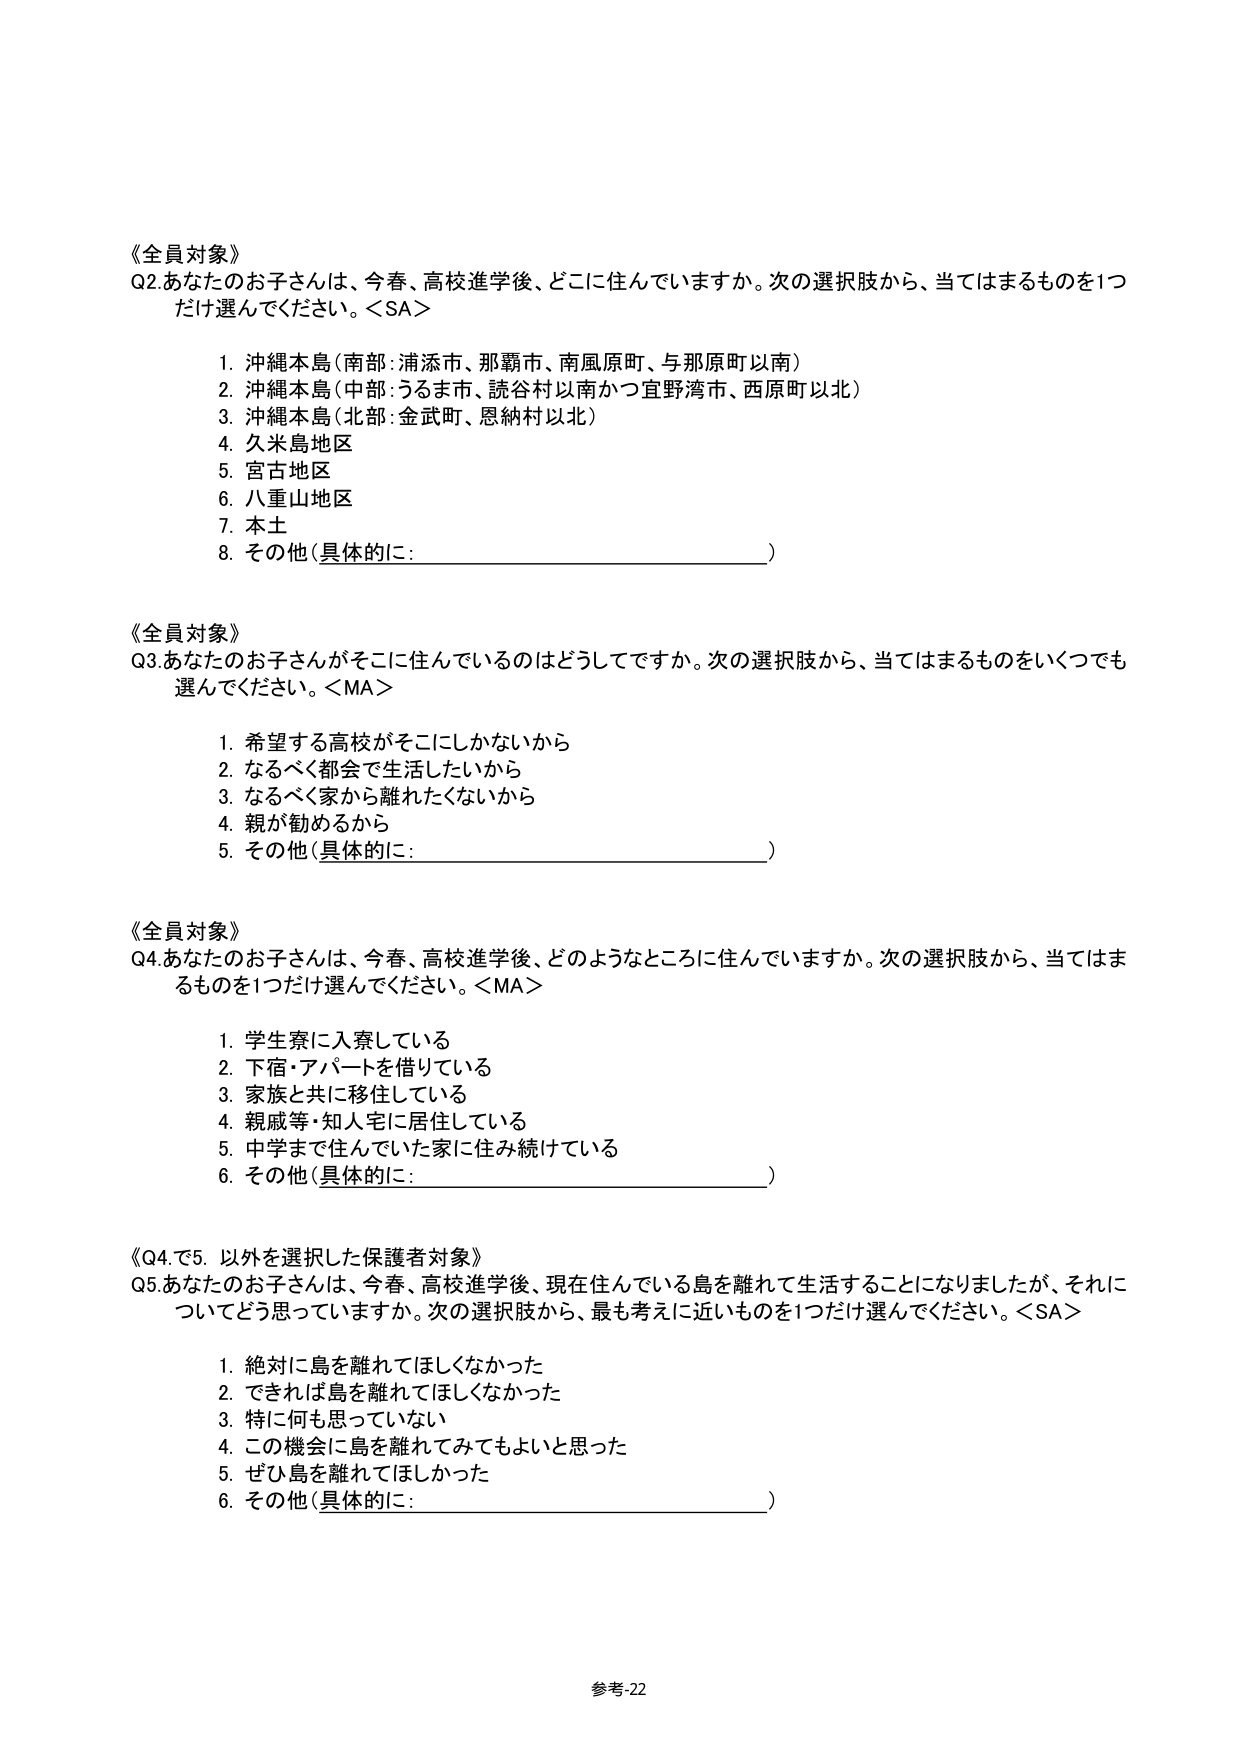
《全員対象》
Q2. あなたのお子さんは、今春、高校進学後、どこに住んでいますか。次の選択肢から、当てはまるものを1つだけ選んでください。＜SA＞

1. 沖縄本島（南部：浦添市、那覇市、南風原町、与那原町以南）
2. 沖縄本島（中部：うるま市、読谷村以南かつ宜野湾市、西原町以北）
3. 沖縄本島（北部：金武町、恩納村以北）
4. 久米島地区
5. 宮古地区
6. 八重山地区
7. 本土
8. その他（具体的に：________________________）

《全員対象》
Q3. あなたのお子さんがそこに住んでいるのはどうしてですか。次の選択肢から、当てはまるものをいくつでも選んでください。＜MA＞

1. 希望する高校がそこにしかないから
2. なるべく都会で生活したいから
3. なるべく家から離れたくないから
4. 親が勧めるから
5. その他（具体的に：________________________）

《全員対象》
Q4. あなたのお子さんは、今春、高校進学後、どのようなところに住んでいますか。次の選択肢から、当てはまるものを1つだけ選んでください。＜MA＞

1. 学生寮に入寮している
2. 下宿・アパートを借りている
3. 家族と共に移住している
4. 親戚等・知人宅に居住している
5. 中学まで住んでいた家に住み続けている
6. その他（具体的に：________________________）

《Q4.で5. 以外を選択した保護者対象》
Q5. あなたのお子さんは、今春、高校進学後、現在住んでいる島を離れて生活することになりましたが、それについてどう思っていますか。次の選択肢から、最も考えに近いものを1つだけ選んでください。＜SA＞

1. 絶対に島を離れてほしくなかった
2. できれば島を離れてほしくなかった
3. 特に何も思っていない
4. この機会に島を離れてみてもよいと思った
5. ぜひ島を離れてほしかった
6. その他（具体的に：________________________）

参考-22